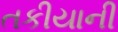
તકીયાની